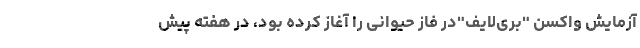
آزمایش واکسن "بری‌لایف"در فاز حیوانی را آغاز کرده بود، در هفته پیش